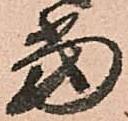
當